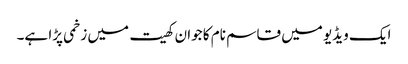
ایک ویڈیو میں قاسم نام کا جوان کھیت میں زخمی پڑا ہے۔